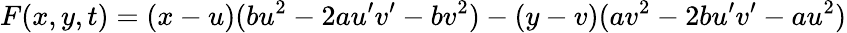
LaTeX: F(x,y,t)=(x-u)(bu^{2}-2au^{\prime}v^{\prime}-bv^{2})-(y-v)(av^{2}-2bu^{\prime}v^{\prime}-au^{2})